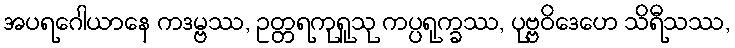
အပရဂေါယာနေ ကဒမ္ဗဿ, ဥတ္တရကုရူသု ကပ္ပရုက္ခဿ, ပုဗ္ဗဝိဒေဟေ သိရီသဿ,